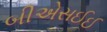
બીએસઈઈ